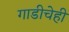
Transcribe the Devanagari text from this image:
गाडीचेही